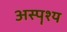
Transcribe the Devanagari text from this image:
अस्पॄश्य